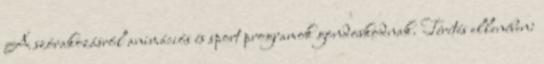
A szórakozásról animációs és sport programok gondoskodnak. Térítés ellenében: